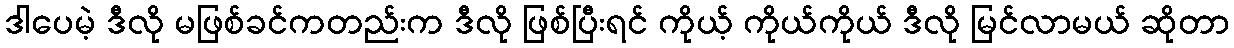
ဒါပေမဲ့ ဒီလို မဖြစ်ခင်ကတည်းက ဒီလို ဖြစ်ပြီးရင် ကိုယ့် ကိုယ်ကိုယ် ဒီလို မြင်လာမယ် ဆိုတာ